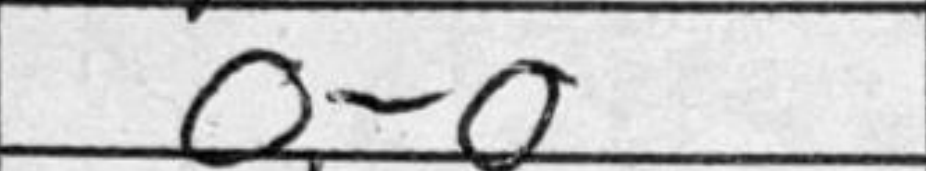
Transcription: O-O